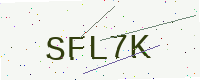
Text: SFL7K